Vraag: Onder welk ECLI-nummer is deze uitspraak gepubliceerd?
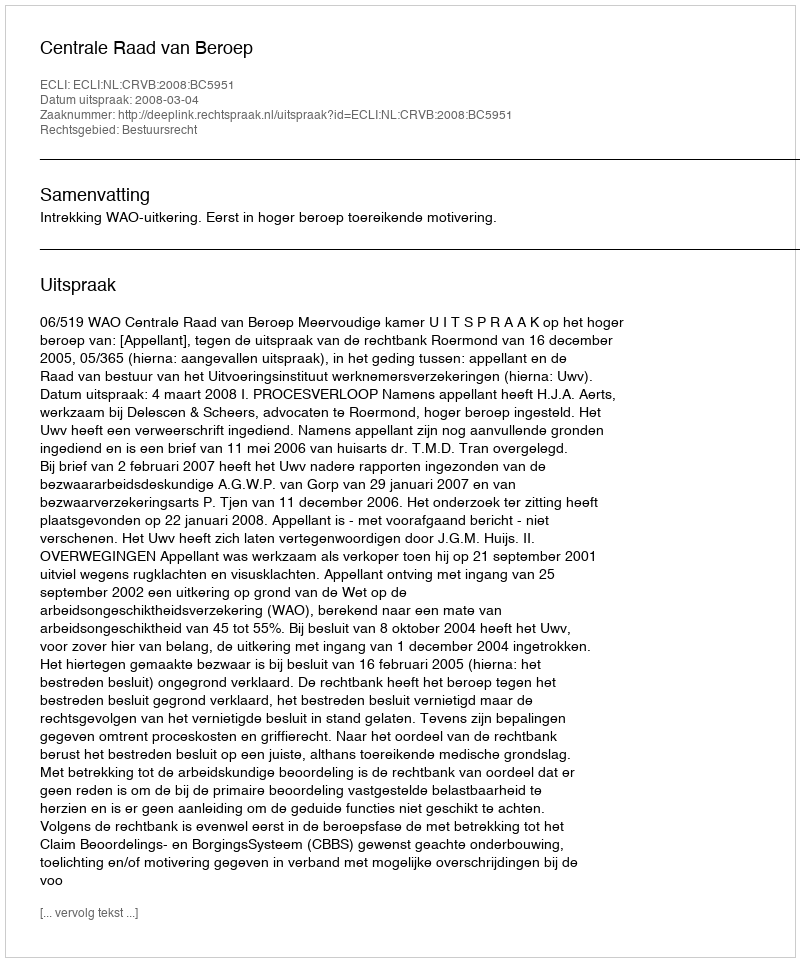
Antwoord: ECLI:NL:CRVB:2008:BC5951